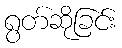
ရွတ်ဆိုခြင်း